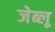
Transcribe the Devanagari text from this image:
जेब्‍लू